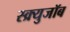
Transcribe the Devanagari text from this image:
स्क्र्युजॉब